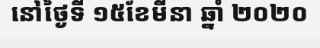
នៅថ្ងៃទី ១៥ខែមីនា ឆ្នាំ ២០២០